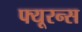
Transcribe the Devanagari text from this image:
फ्यूरन्स